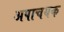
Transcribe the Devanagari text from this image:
अपाचयक